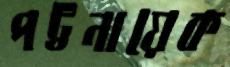
পট্টনায়েক